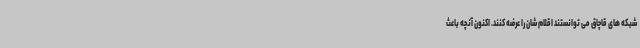
شبکه های قاچاق می توانستند اقلام شان را عرضه کنند. اکنون آنچه باعث